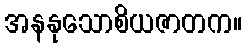
အနနုသောစိယဇာတက။